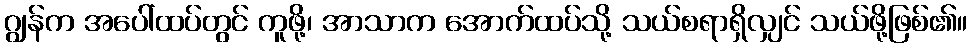
ဂျွန်က အပေါ်ထပ်တွင် ကူဖို့၊ အာသာက အောက်ထပ်သို့ သယ်စရာရှိလျှင် သယ်ဖို့ဖြစ်၏။